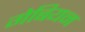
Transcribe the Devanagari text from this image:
गेबियन